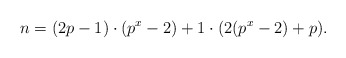
\begin{align*}n = (2p-1)\cdot (p^x-2) + 1\cdot (2(p^x-2) + p).\end{align*}